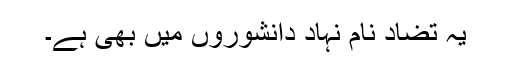
یہ تضاد نام نہاد دانشوروں میں بھی ہے۔